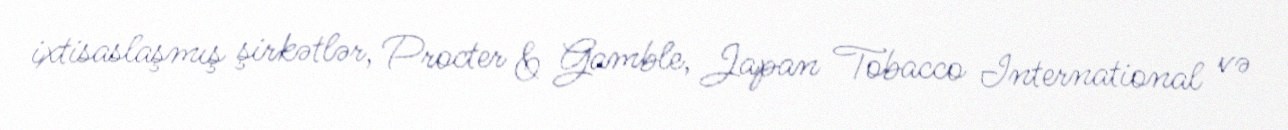
ixtisaslaşmış şirkətlər, Procter & Gamble, Japan Tobacco International və